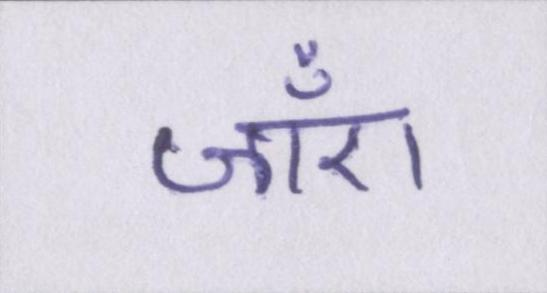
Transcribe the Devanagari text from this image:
जाँए